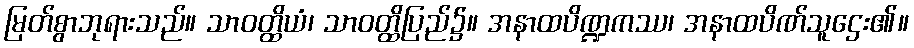
မြတ်စွာဘုရားသည်။ သာဝတ္ထိယံ၊ သာဝတ္ထိပြည်၌။ အနာထပိဏ္ဍကဿ၊ အနာထပိဏ်သူဌေး၏။